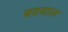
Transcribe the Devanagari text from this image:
बदवाल